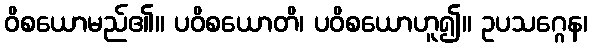
ဝိစယောမည်၏။ ပဝိစယောတိ၊ ပဝိစယောဟူ၍။ ဥပသဂ္ဂေန၊